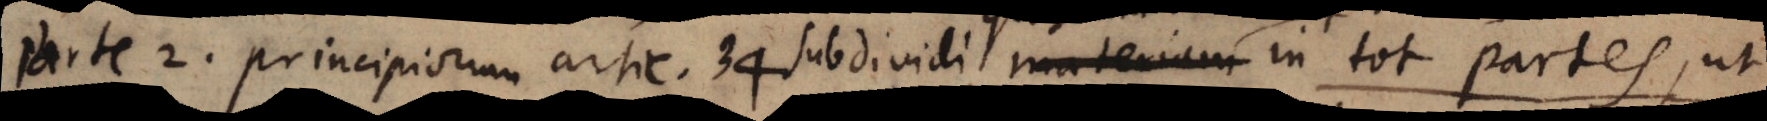
rte 2. Principiorum artic. 34. subdividi materiam quasdam materiae